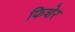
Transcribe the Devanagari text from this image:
फिशेर